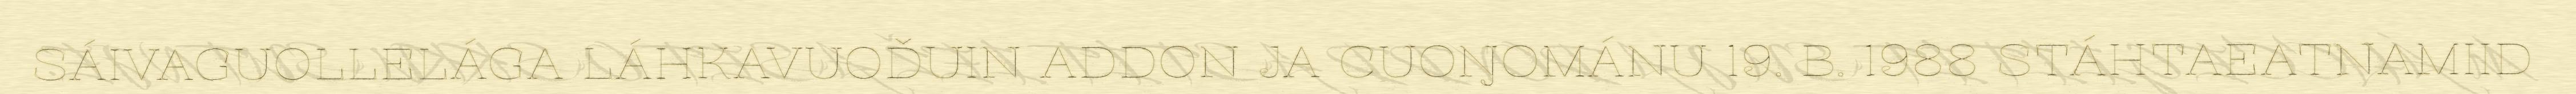
SÁIVAGUOLLELÁGA LÁHKAVUOĐUIN ADDON JA CUOŊOMÁNU 19. B. 1988 STÁHTAEATNAMIID